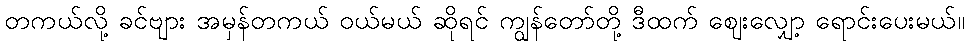
တကယ်လို့ ခင်ဗျား အမှန်တကယ် ဝယ်မယ် ဆိုရင် ကျွန်တော်တို့ ဒီထက် ဈေးလျှော့ ရောင်းပေးမယ်။